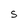
Character: S